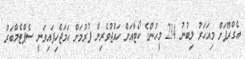
އެގްރޫޕަށް މިއަހަރު ލިބުނު 234 މީހުންގެ ކޯޓާއަށް ހައްޖުވެރިން ފުރުމަށް ހަމަޖެހިފައިވަނީ ސެޕްޓެމްބަރު